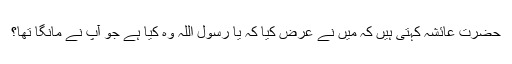
حضرت عائشہؓ کہتی ہیں کہ میں نے عرض کیا کہ یا رسولؐ اللہ وہ کیا ہے جو آپؐ نے مانگا تھا؟